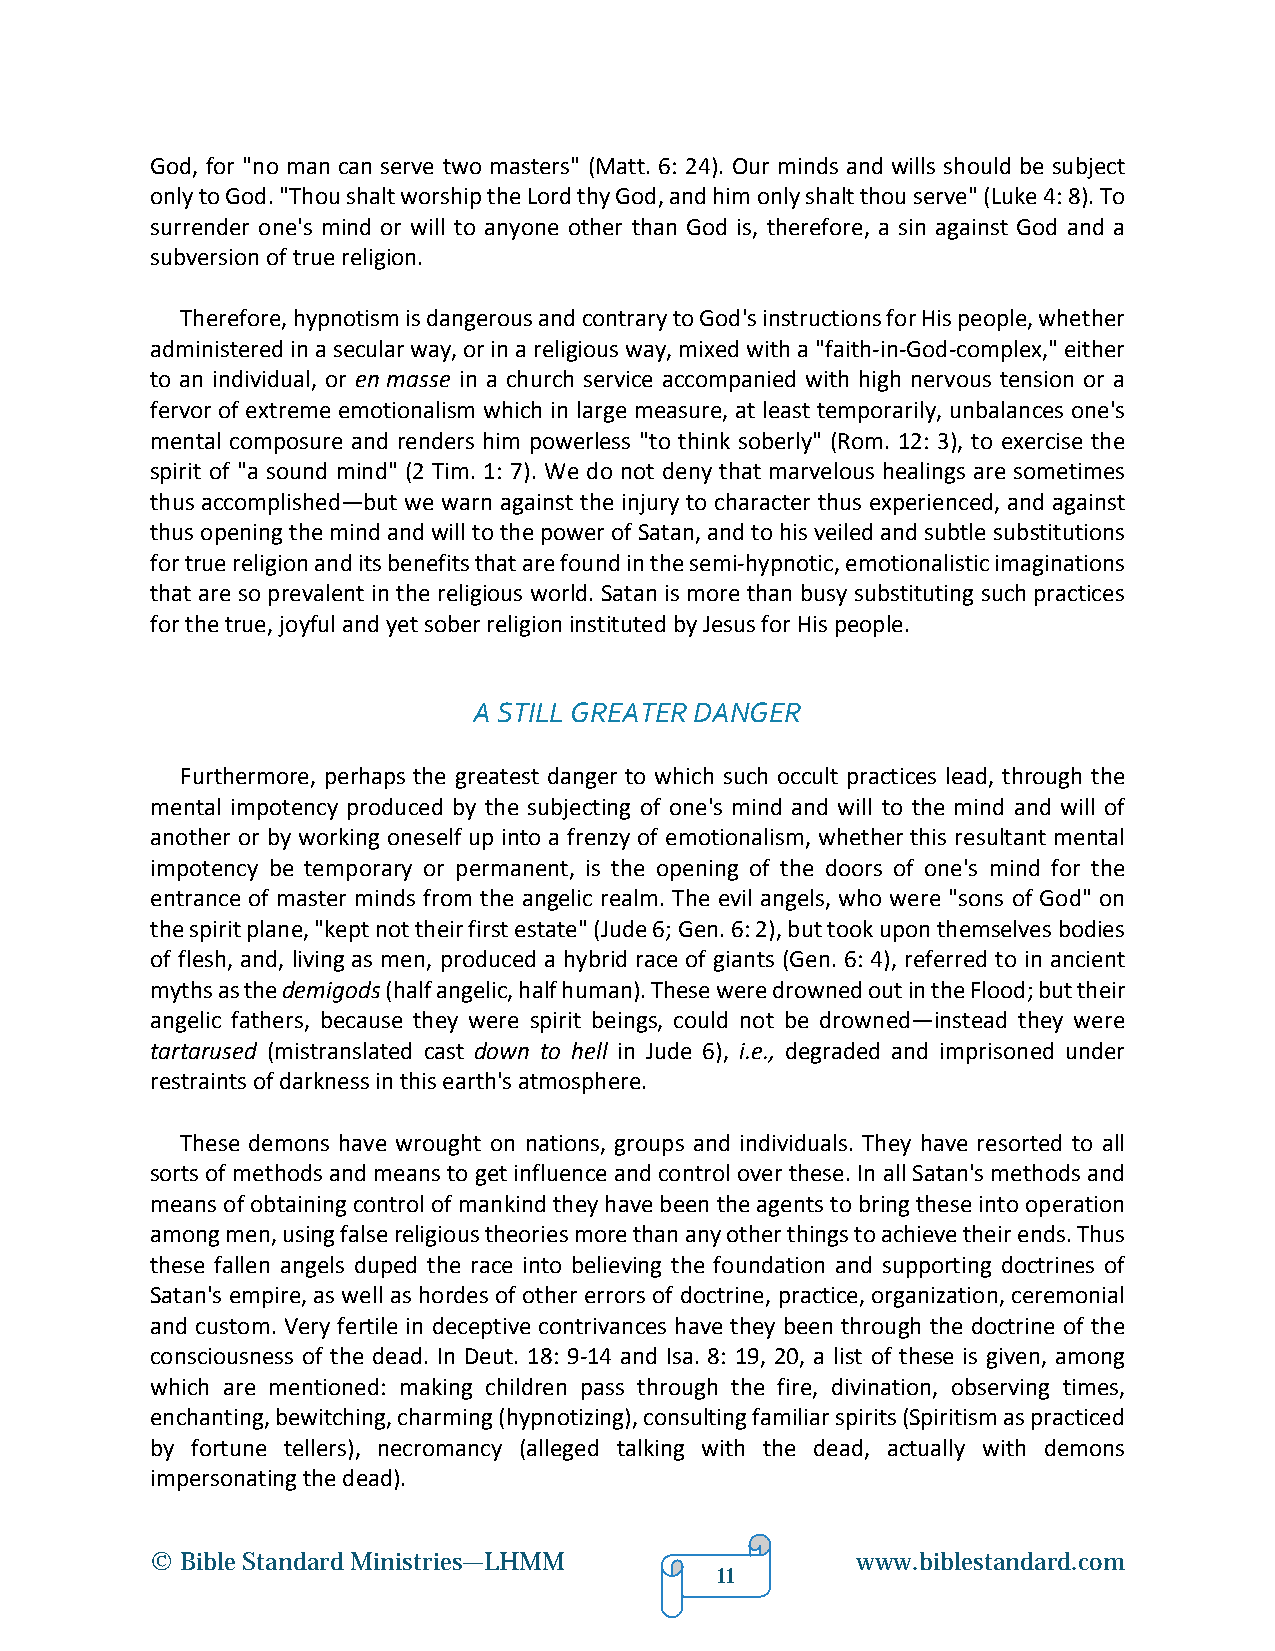
God, for "no man can serve two masters" (Matt. 6: 24). Our minds and wills should be subject
 only to God. "Thou shalt worship the Lord thy God, and him only shalt thou serve" (Luke 4: 8). To
 surrender one's mind or will to anyone other than God is, therefore, a sin against God and a
 subversion of true religion.
 Therefore, hypnotism is dangerous and contrary to God's instructions for His people, whether
 administered in a secular way, or in a religious way, mixed with a "faith-in-God-complex," either
 to an individual, or en masse in a church service accompanied with high nervous tension or a
 fervor of extreme emotionalism which in large measure, at least temporarily, unbalances one's
 mental composure and renders him powerless "to think soberly" (Rom. 12: 3), to exercise the
 spirit of "a sound mind" (2 Tim. 1: 7). We do not deny that marvelous healings are sometimes
 thus accomplished—but we warn against the injury to character thus experienced, and against
 thus opening the mind and will to the power of Satan, and to his veiled and subtle substitutions
 for true religion and its benefits that are found in the semi-hypnotic, emotionalistic imaginations
 that are so prevalent in the religious world. Satan is more than busy substituting such practices
 for the true, joyful and yet sober religion instituted by Jesus for His people.
 A STILL GREATER DANGER
 Furthermore, perhaps the greatest danger to which such occult practices lead, through the
 mental impotency produced by the subjecting of one's mind and will to the mind and will of
 another or by working oneself up into a frenzy of emotionalism, whether this resultant mental
 impotency be temporary or permanent, is the opening of the doors of one's mind for the
 entrance of master minds from the angelic realm. The evil angels, who were "sons of God" on
 the spirit plane, "kept not their first estate" (Jude 6; Gen. 6: 2), but took upon themselves bodies
 of flesh, and, living as men, produced a hybrid race of giants (Gen. 6: 4), referred to in ancient
 myths as the demigods (half angelic, half human). These were drowned out in the Flood; but their
 angelic fathers, because they were spirit beings, could not be drowned—instead they were
 tartarused (mistranslated cast down to hell in Jude 6), i.e., degraded and imprisoned under
 restraints of darkness in this earth's atmosphere.
 These demons have wrought on nations, groups and individuals. They have resorted to all
 sorts of methods and means to get influence and control over these. In all Satan's methods and
 means of obtaining control of mankind they have been the agents to bring these into operation
 among men, using false religious theories more than any other things to achieve their ends. Thus
 these fallen angels duped the race into believing the foundation and supporting doctrines of
 Satan's empire, as well as hordes of other errors of doctrine, practice, organization, ceremonial
 and custom. Very fertile in deceptive contrivances have they been through the doctrine of the
 consciousness of the dead. In Deut. 18: 9-14 and Isa. 8: 19, 20, a list of these is given, among
 which are mentioned: making children pass through the fire, divination, observing times,
 enchanting, bewitching, charming (hypnotizing), consulting familiar spirits (Spiritism as practiced
 by fortune tellers), necromancy (alleged talking with the dead, actually with demons
 impersonating the dead).
 © Bible Standard Ministries—LHMM               www.biblestandard.com
 11